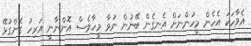
އެވާހަކަ އެހެން މީހުންނަށް އެނގެން ބޭނުން ނުވާ މީހާވެސް އޮންނާނީ އަރިހު ގެންގުޅޭ